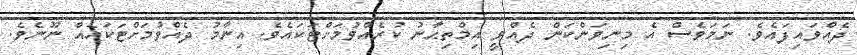
ދެއްވައިފައެވެ. ނަމަވެސް އެ މިނިވަންކަން ދެއްވީ އިމްތިޙާނު ކުރެއްވުމަށްޓަކައެވެ. އިނާމު ދެއްވުމަށްޓަކައެއް ނޫނެވެ.